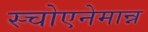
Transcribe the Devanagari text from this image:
स्चोएनेमान्न